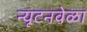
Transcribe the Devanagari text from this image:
न्यूटनवेळा